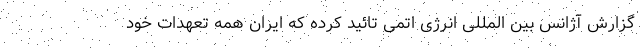
گزارش آژانس بین المللی انرژی اتمی تائید کرده که ایران همه تعهدات خود